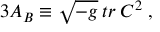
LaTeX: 3 { \cal A } _ { B } \equiv \sqrt { - g } \: t r \: C ^ { 2 } \; , \; \; \;